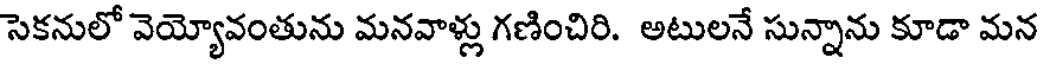
సెకనులో వెయ్యోవంతును మనవాళ్లు గణించిరి. అటులనే సున్నాను కూడా మన